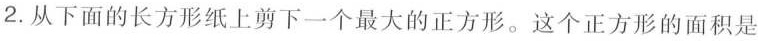
2.从下面的长方形纸上剪下一个最大的正方形。这个正方形的面积